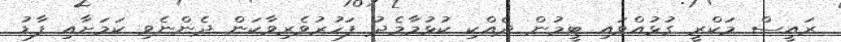
ރައީސް މަކްރީ ގުޅުއްވައި ޓީމުން ދެއްކި ކުޅުމާމެދު ފަހުރުވެރިވާކަން ދެންނެވި ކަމަށާއި ފާޑު